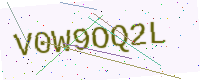
Text: V0W9OQ2L